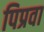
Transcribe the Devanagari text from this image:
पिप्रवा